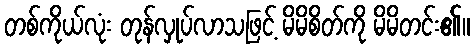
တစ်ကိုယ်လုံး တုန်လှုပ်လာသဖြင့် မိမိစိတ်ကို မိမိတင်း၏။